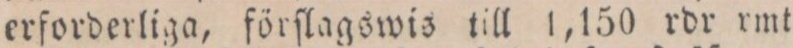
erforderliga, förſlagswis till 1,150 rdr rmt